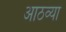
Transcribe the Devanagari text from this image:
आठव्‍या